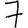
Digit: 7